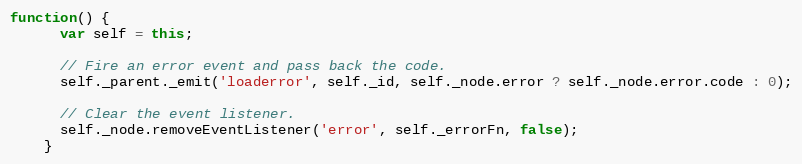
Language: JavaScript
function() {
      var self = this;

      // Fire an error event and pass back the code.
      self._parent._emit('loaderror', self._id, self._node.error ? self._node.error.code : 0);

      // Clear the event listener.
      self._node.removeEventListener('error', self._errorFn, false);
    }